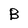
Character: B